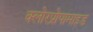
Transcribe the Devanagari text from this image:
क्लोरप्रोपामाइड